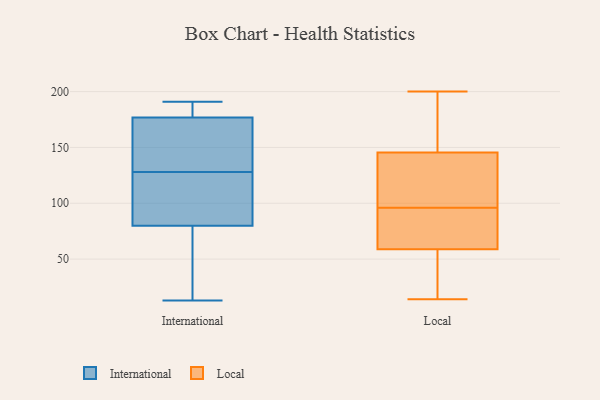
{"axis": {"x": "LTV (USD)", "y": "Value"}, "legend": ["International", "Local"], "data": [{"x": "", "y": 128, "type": "International"}, {"x": "", "y": 128, "type": "International"}, {"x": "", "y": 71, "type": "International"}, {"x": "", "y": 187, "type": "International"}, {"x": "", "y": 44, "type": "International"}, {"x": "", "y": 161, "type": "International"}, {"x": "", "y": 182, "type": "International"}, {"x": "", "y": 176, "type": "International"}, {"x": "", "y": 177, "type": "International"}, {"x": "", "y": 52, "type": "International"}, {"x": "", "y": 191, "type": "International"}, {"x": "", "y": 106, "type": "International"}, {"x": "", "y": 125, "type": "International"}, {"x": "", "y": 174, "type": "International"}, {"x": "", "y": 13, "type": "International"}, {"x": "", "y": 141, "type": "Local"}, {"x": "", "y": 147, "type": "Local"}, {"x": "", "y": 96, "type": "Local"}, {"x": "", "y": 14, "type": "Local"}, {"x": "", "y": 200, "type": "Local"}, {"x": "", "y": 120, "type": "Local"}, {"x": "", "y": 177, "type": "Local"}, {"x": "", "y": 128, "type": "Local"}, {"x": "", "y": 36, "type": "Local"}, {"x": "", "y": 89, "type": "Local"}, {"x": "", "y": 73, "type": "Local"}, {"x": "", "y": 87, "type": "Local"}, {"x": "", "y": 54, "type": "Local"}, {"x": "", "y": 103, "type": "Local"}, {"x": "", "y": 183, "type": "Local"}, {"x": "", "y": 43, "type": "Local"}, {"x": "", "y": 158, "type": "Local"}, {"x": "", "y": 45, "type": "Local"}, {"x": "", "y": 86, "type": "Local"}]}